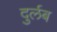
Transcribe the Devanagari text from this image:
दुर्लब